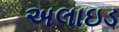
અલાઇડ